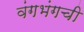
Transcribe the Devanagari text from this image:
वंगभंगची